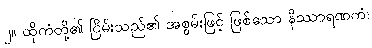
၂။ ထိုကံတို့၏ ငြိမ်းသည်၏ အစွမ်းဖြင့် ဖြစ်သော နိဿာရဏကံ၊